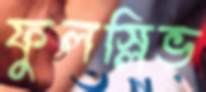
ফুলস্লিভ